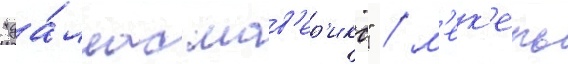
"да́ллас мав'ер'икс" / м'ек'ель